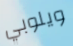
ويلوبي